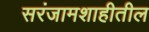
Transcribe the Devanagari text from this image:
सरंजामशाहीतील